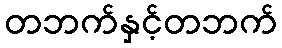
တဘက်နှင့်တဘက်